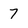
Character: 7